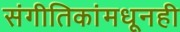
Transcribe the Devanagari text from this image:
संगीतिकांमधूनही